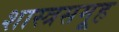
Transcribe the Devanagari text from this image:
शास्त्रसमूह